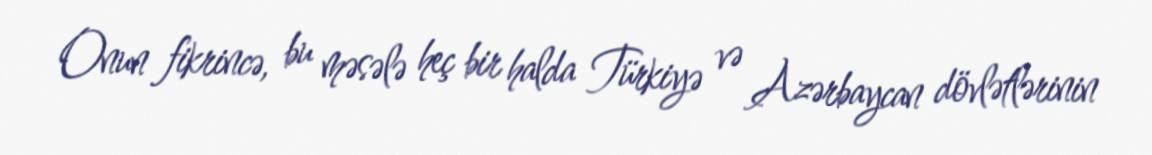
Onun fikrincə, bu məsələ heç bir halda Türkiyə və Azərbaycan dövlətlərinin